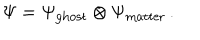
\Psi = \Psi _ { \mathrm { g h o s t } } \otimes \Psi _ { \mathrm { m a t t e r } } \, .